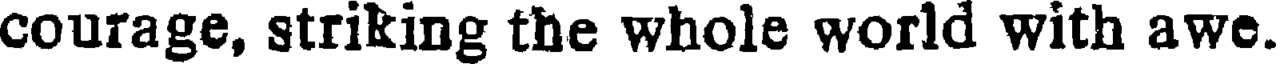
courage, striking the whole world with awe.